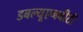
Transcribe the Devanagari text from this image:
डबल्यूएनबीटी